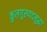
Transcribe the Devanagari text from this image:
कुलगुरुपदसुद्धा